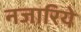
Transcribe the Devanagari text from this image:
नजारिये